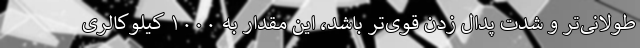
طولانی‌تر و شدت پدال زدن قوی‌تر باشد، این مقدار به ۱۰۰۰ کیلوکالری